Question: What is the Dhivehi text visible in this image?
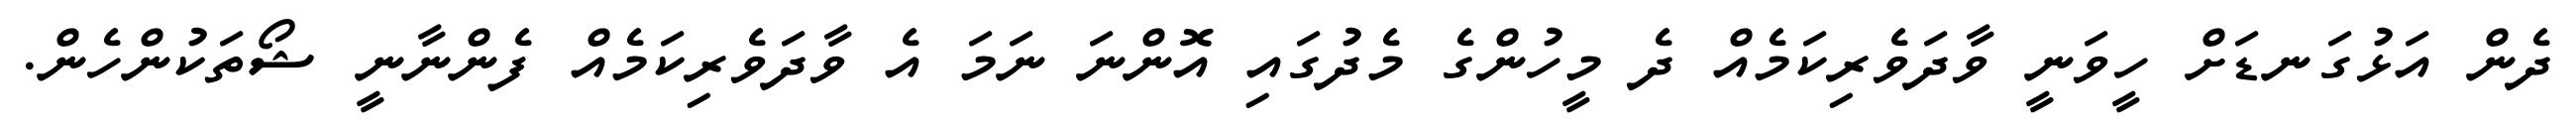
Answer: ދެން އަޅުގަނޑަށް ހީވަނީ ވާދަވެރިކަމެއް ދެ މީހުންގެ މެދުގައި އޮންނަ ނަމަ އެ ވާދަވެރިކަމެއް ފެންނާނީ ޝޯތަކުންހެން.